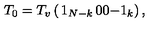
T _ { 0 } = T _ { v } \left( \begin{matrix} { 1 _ { N - k } } & { 0 } \\ { 0 } & { - 1 _ { k } } \\ \end{matrix} \right) ,